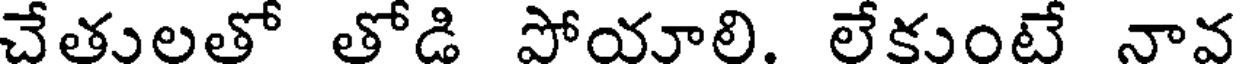
చేతులతో తోడి పోయాలి. లేకుంటే నావ